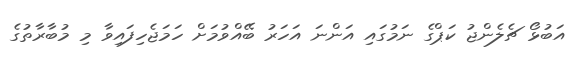
އަބުޅޯ ޗެލެންޖު ކަޕްގެ ނަމުގައި އަންނަ އަހަރު ބޭއްވުމަށް ހަމަޖެހިފައިވާ މި މުބާރާތުގެ